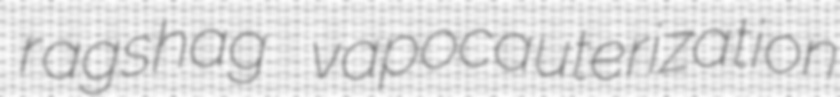
ragshag vapocauterization